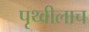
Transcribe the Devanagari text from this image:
पृथ्वीलाच